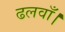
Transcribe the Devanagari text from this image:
ढलवाँ।